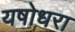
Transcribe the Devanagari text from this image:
यषोधरा